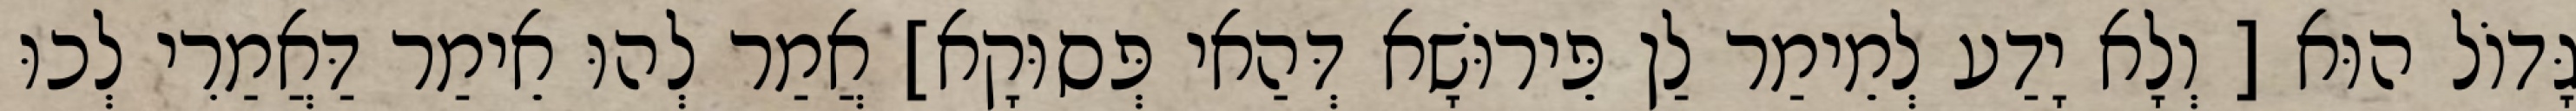
גָּדוֹל הוּא [ וְלָא יָדַע לְמֵימַר לַן פֵּירוּשָׁא דְּהַאי פְּסוּקָא] אֲמַר לְהוּ אֵימַר דַּאֲמַרִי לְכוּ